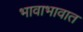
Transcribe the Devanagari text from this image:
भावाभावात